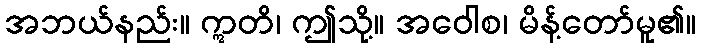
အဘယ်နည်း။ ဣတိ၊ ဤသို့။ အဝေါစ၊ မိန့်တော်မူ၏။